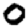
Digit: 0